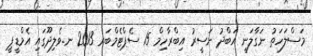
މަސްލަހަތު ނަގާލަނީ އަބްދު ނަސީރު އިބްރާހިމް 15 ސެޕްޓެމްބަރ 2013 ނ.ވެލިދޫގައި އެމްޑީޕީ